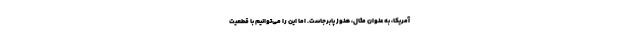
آمریکا، به عنوان مثال، هنوز پابرجاست. اما این را می‌توانیم با قطعیت